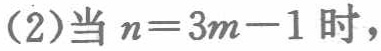
(2)当 \(n = 3m - 1\) 时，